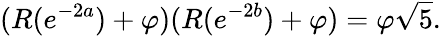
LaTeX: (R(e^{-2a})+\varphi)(R(e^{-2b})+\varphi)=\varphi{\sqrt{5}}.